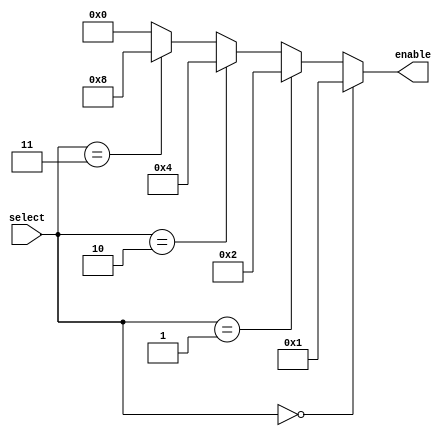
module Decoder2x4(
  input wire [1:0] select,
  output wire [3:0] enable
);
  assign enable = (select == 2'b00) ? 4'b0001 :
                 (select == 2'b01) ? 4'b0010 :
                 (select == 2'b10) ? 4'b0100 :
                 (select == 2'b11) ? 4'b1000 : 4'b0000;
endmodule

module Mux4to1_using_Decoder(
  input wire [1:0] sel,
  input wire [3:0] a,
  input wire [3:0] b,
  input wire [3:0] c,
  input wire [3:0] d,
  output wire [3:0] y
);
  wire [3:0] decoder_output;

  // Instantiate the 2-to-4 decoder
  Decoder2x4 decoder (.select(sel), .enable(decoder_output));

  // Implement the 4:1 multiplexer using the decoder output
  assign y = (decoder_output[0]) ? a :
            (decoder_output[1]) ? b :
            (decoder_output[2]) ? c :
            (decoder_output[3]) ? d : 4'bzzzz; // Handle undefined case
endmodule